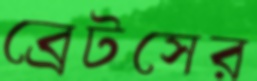
ব্রেটসের